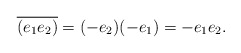
\begin{align*}\overline{(e_{1}e_{2})}=(-e_{2})(-e_{1})=-e_{1}e_{2}. \end{align*}